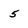
Character: 5